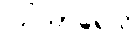
ဩသာရေသိ